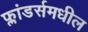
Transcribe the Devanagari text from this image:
फ्लांडर्समधील